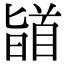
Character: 䭫